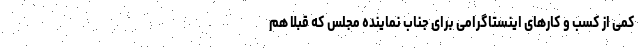
کمی از کسب و کارهای اینستاگرامی برای جناب نماینده مجلس که قبلا هم